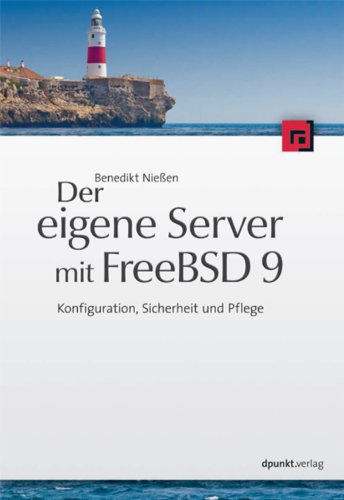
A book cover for Der eigene Server mit FreeBSD 9: Konfiguration, Sicherheit und Pflege (German Edition); Benedikt NieÃEen; Computers & Technology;